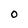
Character: O